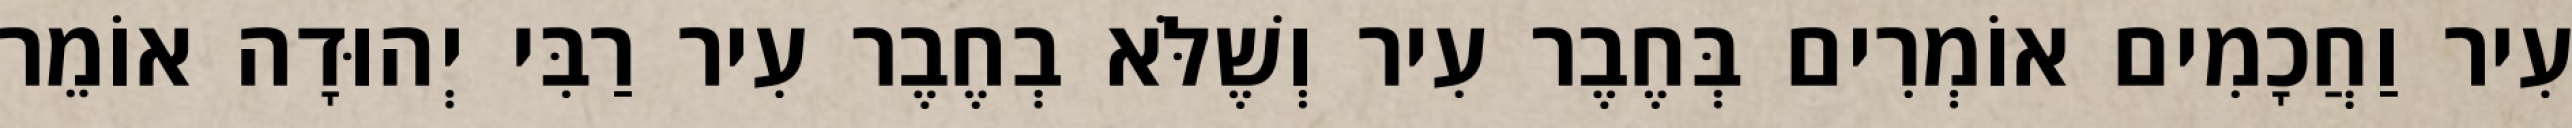
עִיר וַחֲכָמִים אוֹמְרִים בְּחֶבֶר עִיר וְשֶׁלֹּא בְחֶבֶר עִיר רַבִּי יְהוּדָה אוֹמֵר